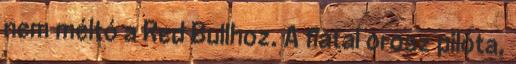
nem méltó a Red Bullhoz. A fiatal orosz pilóta,